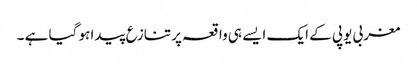
مغربی یوپی کے ایک ایسے ہی واقعہ پر تنازع پیدا ہو گیا ہے ۔